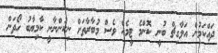
ދައްކަމުން އަލާގިޗް ބުނީ ކޮންމެ ޓީމެއް ވެސް މުބާރާތަށް ނިކުންނާނީ ކާމިޔާބު ހޯދަން